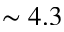
\sim 4 . 3